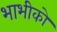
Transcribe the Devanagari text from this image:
भाभीको